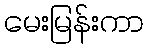
မေးမြန်းကာ